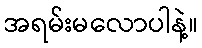
အရမ်းမလောပါနဲ့။